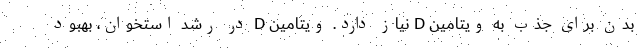
بدن برای جذب به ویتامین D نیاز دارد. ویتامین D در رشد استخوان، بهبود